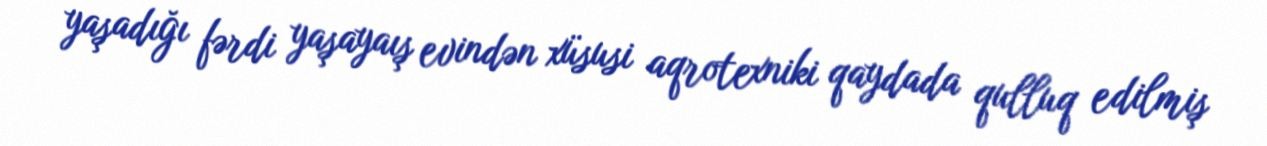
yaşadığı fərdi yaşayaış evindən xüsusi aqrotexniki qaydada qulluq edilmiş